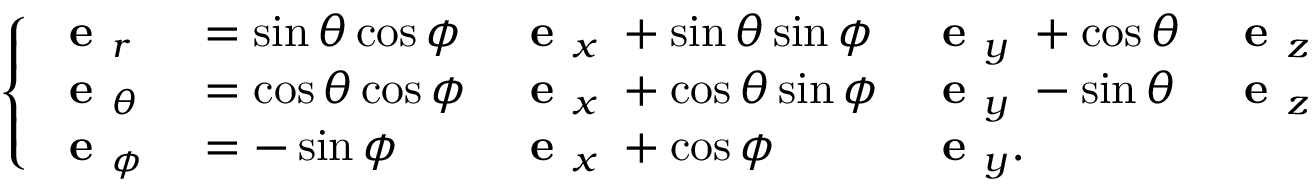
\left\{ \begin{array} { l l l l l } { \textbf { e } _ { r } \; } & { = \sin \theta \cos \phi } & { \textbf { e } _ { x } \; + \sin \theta \sin \phi } & { \textbf { e } _ { y } \; + \cos \theta } & { \textbf { e } _ { z } } \\ { \textbf { e } _ { \theta } \; } & { = \cos \theta \cos \phi } & { \textbf { e } _ { x } \; + \cos \theta \sin \phi } & { \textbf { e } _ { y } \; - \sin \theta } & { \textbf { e } _ { z } } \\ { \textbf { e } _ { \phi } \; } & { = - \sin \phi } & { \textbf { e } _ { x } \; + \cos \phi } & { \textbf { e } _ { y } . } & { } \end{array} \right.